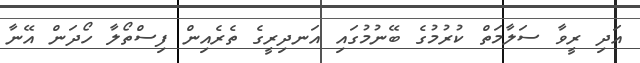
އަދި ރީވާ ސަލާމަތް ކުރުމުގެ ބޭނުމުގައި އަނދިރީގެ ތެރެއިން ފިސްތޯލާ ހޯދަން އޭނާ